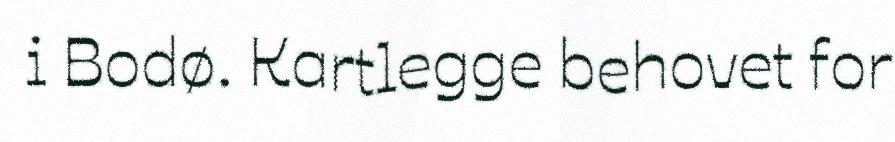
i Bodø. Kartlegge behovet for